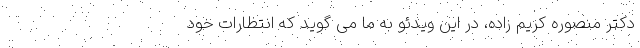
دکتر منصوره کریم زاده، در این ویدئو به ما می گوید که انتظارات خود